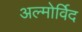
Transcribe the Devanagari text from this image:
अल्मोर्विद